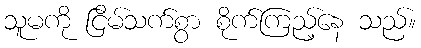
သူမကို ငြိမ်သက်စွာ စိုက်ကြည့်နေ သည်။